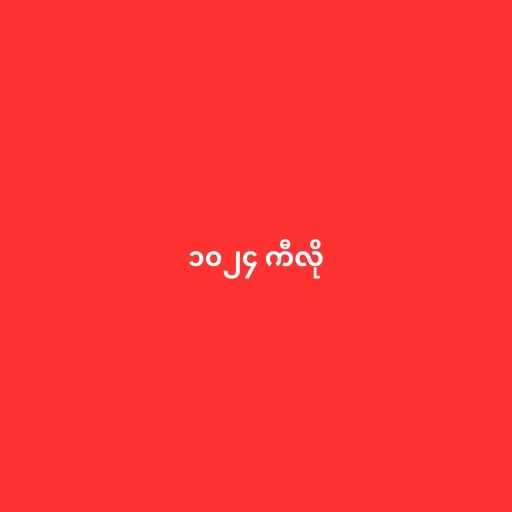
၁၀၂၄ ကီလို